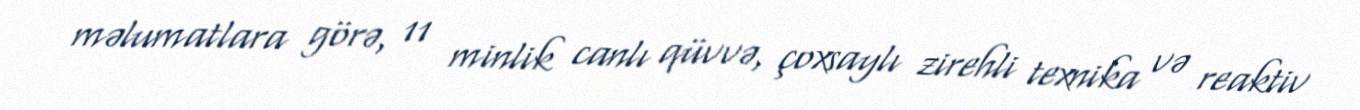
məlumatlara görə, 11 minlik canlı qüvvə, çoxsaylı zirehli texnika və reaktiv